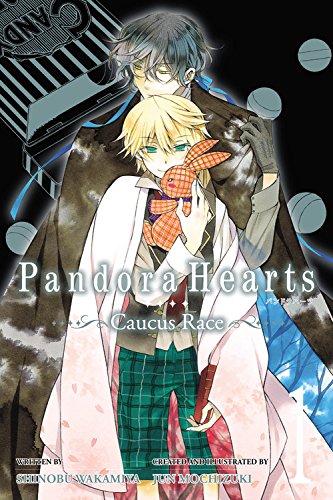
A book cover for PandoraHearts ~Caucus Race~, Vol. 1; Shinobu Wakamiya; Science Fiction & Fantasy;